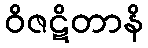
ဝိဇဋိတာနိ